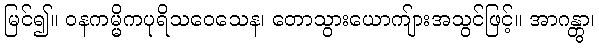
မြင်၍။ ဝနကမ္မိကပုရိသဝေသေန၊ တောသွားယောကျ်ားအသွင်ဖြင့်။ အာဂန္တွာ၊